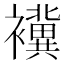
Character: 䙫